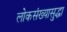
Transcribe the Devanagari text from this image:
लोकसंख्यासुद्धा